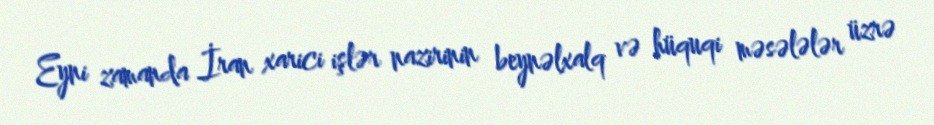
Eyni zamanda İran xarici işlər nazirinin beynəlxalq və hüquqi məsələlər üzrə